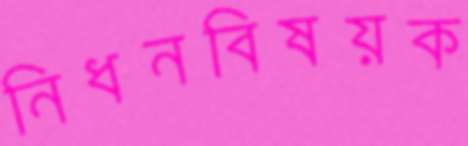
নিধনবিষয়ক